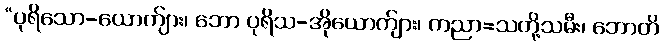
“ပုရိသော-ယောက်ျား၊ ဘော ပုရိသ-အိုယောက်ျား၊ ကညာ=သတို့သမီး၊ ဘောတိ